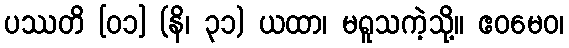
ပဿတိ [၀၁] (နိ၊ ၃၁) ယထာ၊ မရူသကဲ့သို့။ ဧဝမေဝ၊